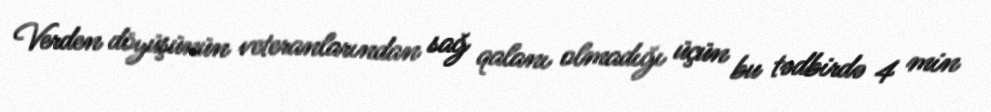
Verden döyüşünün veteranlarından sağ qalanı olmadığı üçün bu tədbirdə 4 min